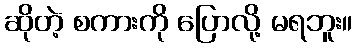
ဆိုတဲ့ စကားကို ပြောလို့ မရဘူး။